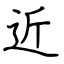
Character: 近